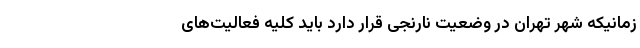
زمانیکه شهر تهران در وضعیت نارنجی قرار دارد باید کلیه فعالیت‌های